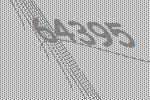
64395